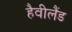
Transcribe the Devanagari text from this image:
हैवीलैंड